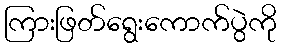
ကြားဖြတ်ရွေးကောက်ပွဲကို